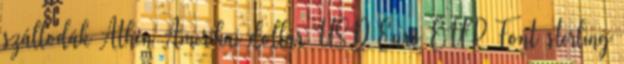
szállodák Athén Amerikai dollár USD Euro EUR Font sterling